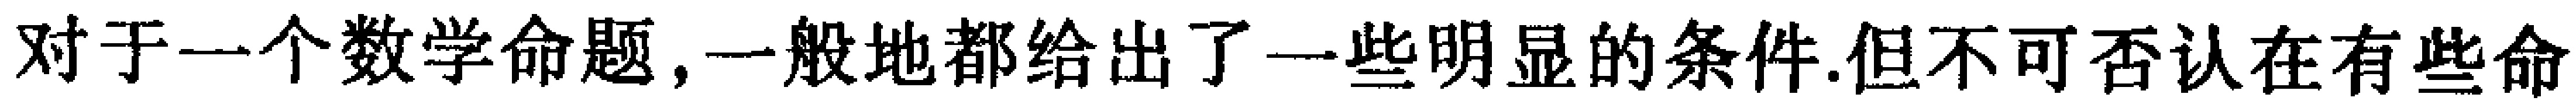
对于一个数学命题,一般地都给出了一些明显的条件.但不可否认在有些命